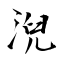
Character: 淣